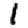
Digit: 1